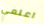
اعلمي